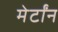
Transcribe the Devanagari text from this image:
मेर्टोंन